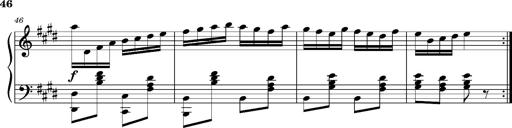
Title: Ungarischer Romanzero
Composer: Franz Liszt